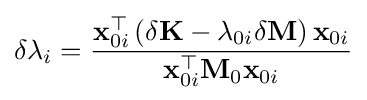
\delta \lambda _{i}={\frac {\mathbf {x} _{0i}^{\top }\left(\delta \mathbf {K} -\lambda _{0i}\delta \mathbf {M} \right)\mathbf {x} _{0i}}{\mathbf {x} _{0i}^{\top }\mathbf {M} _{0}\mathbf {x} _{0i}}}